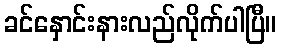
ခင်နှောင်းနားလည်လိုက်ပါပြီ။